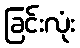
ခြင်းလုံး